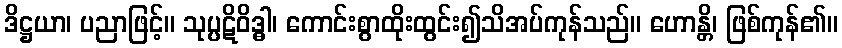
ဒိဋ္ဌယာ၊ ပညာဖြင့်။ သုပ္ပဋိဝိဒ္ဓါ၊ ကောင်းစွာထိုးထွင်း၍သိအပ်ကုန်သည်။ ဟောန္တိ၊ ဖြစ်ကုန်၏။